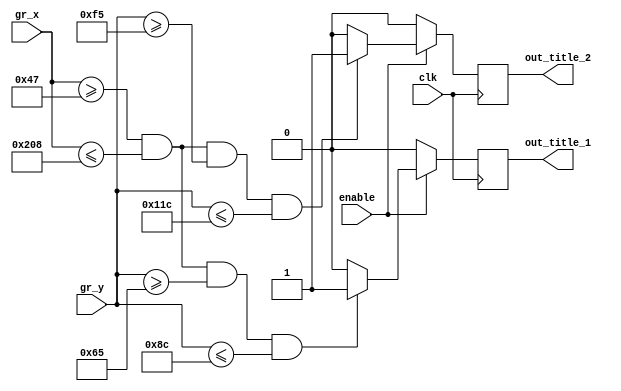
module DRAW_TITLES(
	input wire clk,
//	input wire reset,
	input wire enable,
	input wire [10:0]gr_x,
	input wire [9:0]gr_y,
	
	output reg out_title_1,
	output reg out_title_2
	);
	
parameter[10:0] x1 = 11'd71;
parameter[10:0] x2 = 11'd520;
parameter[9:0] y1 = 10'd101;
parameter[9:0] y2 = 10'd140;

parameter[9:0] y3 = 10'd245;
parameter[9:0] y4 = 10'd284;

always @ (posedge clk)
	begin
	if (enable == 1)
	begin
		if ((gr_x[10:0]>=x1)&&(gr_x[10:0]<=x2)&&(gr_y[9:0]>=y1)&&(gr_y[9:0]<=y2))
			begin
				out_title_1 = 1;
			end
			else
				out_title_1 = 0;	
		if ((gr_x[10:0]>=x1)&&(gr_x[10:0]<=x2)&&(gr_y[9:0]>=y3)&&(gr_y[9:0]<=y4))
			begin
				out_title_2 = 1;
			end
			else
				out_title_2 = 0;	
	end
	else
	begin
		out_title_1 = 0;
		out_title_2 = 0;
	end	
	end
endmodule